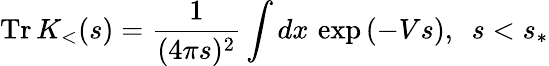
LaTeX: \mathrm{Tr}\, K_{<}(s)=\frac{1}{(4\pi s)^{2}}\int dx\, \exp\left(-Vs\right),\, \, \, s<s_{\ast}